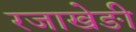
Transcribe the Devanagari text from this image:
रजाखेङी